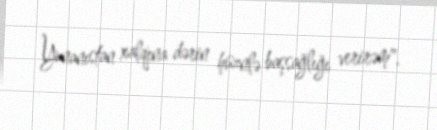
Yunanıstan xalqına dərin hüznlə başsağlığı verirəm".